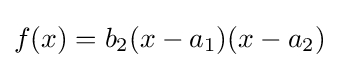
f(x)=b_{2}(x-a_{1})(x-a_{2})